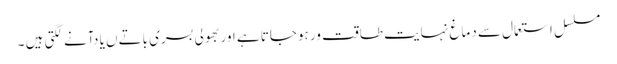
مسلسل استعمال سے دماغ نہایت طاقت ور ہوجاتا ہے اور بھولی بسری باتےں یا دآنے لگتی ہیں ۔